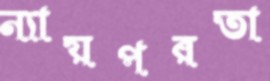
ন্যায়পরতা